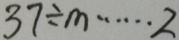
3 7 \div m \cdots 2